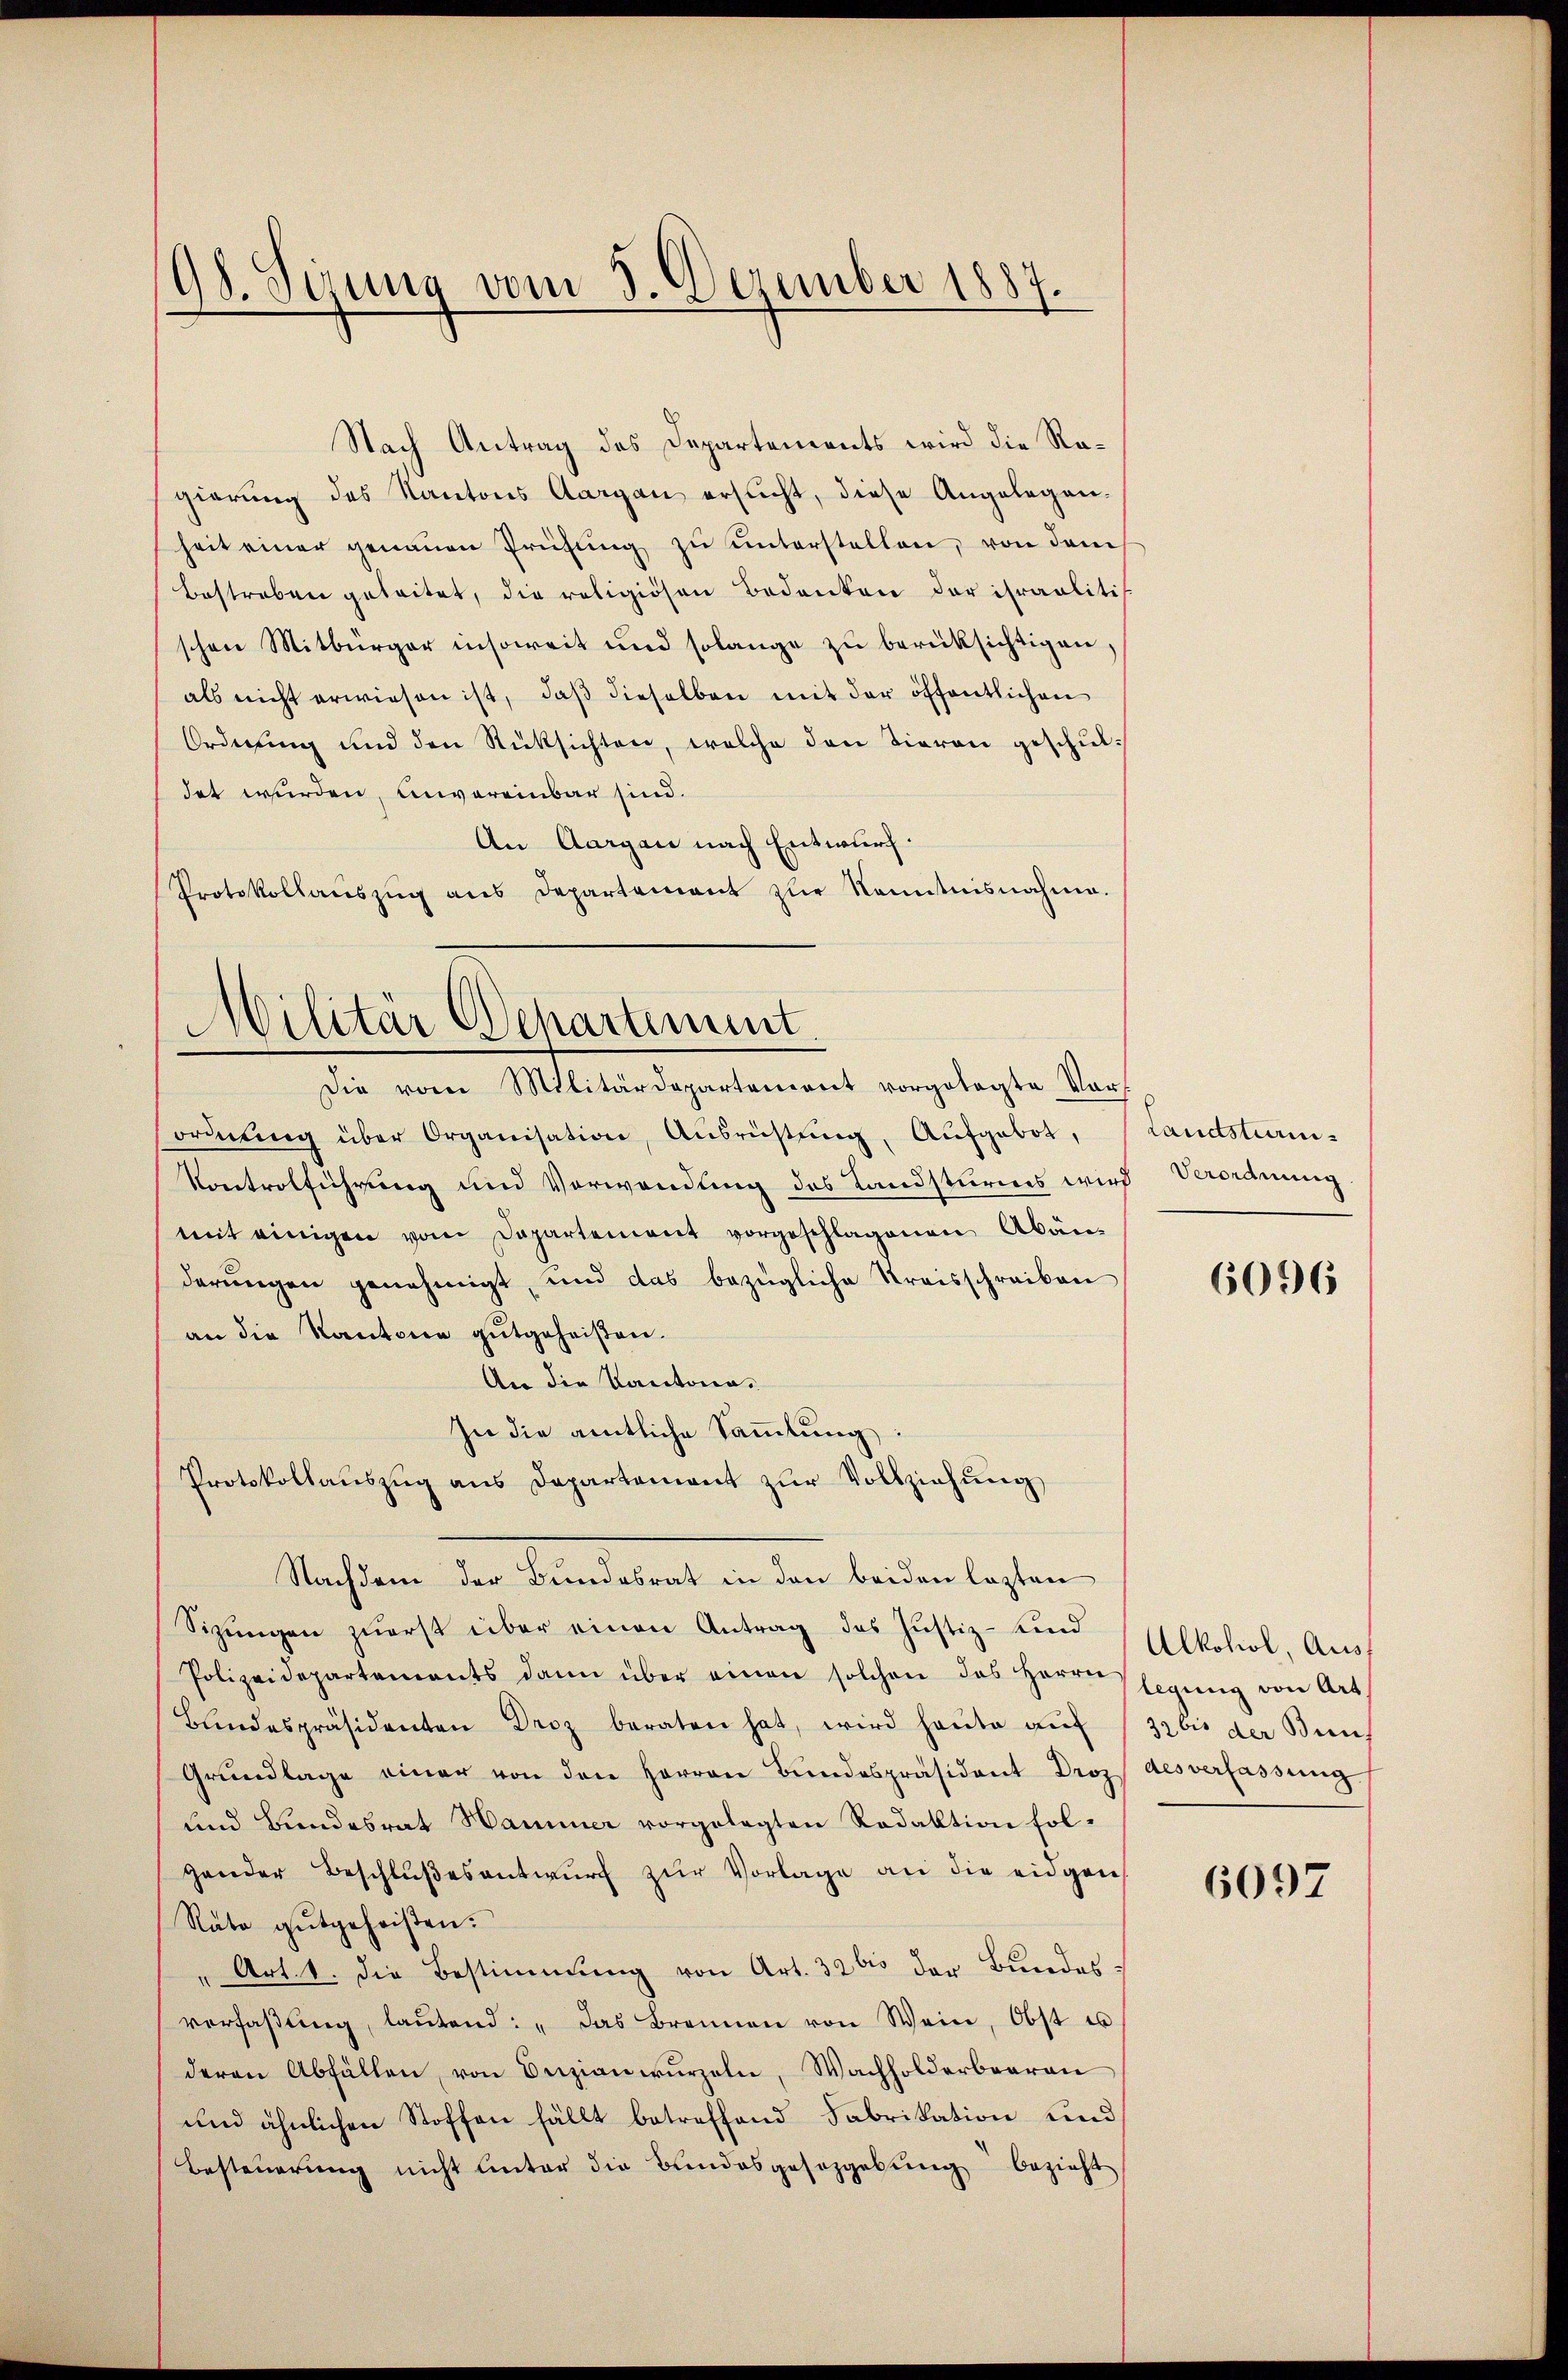
98. Sizung vom 3. Dezember 1887.

Nach Antrag des Departements wird die Ragierung des Kantons Aargau ersucht, diese Angelegenheit einer genauen Prüfŭng zŭ ŭnterstellen, von dem
Bestreben geleitet, die religiösen Bedanken der ihraalitis
schen Mitbürger insoweit und solange zu berüksichtigen,
als nicht erwiesen ist, daβ dieselben mit der öffentlichen
Ordnung und den Rüksichten, welche den Tieren geschuldet wurden, unvereinbar sind.
An Aargau nach Entwurf
Protokollaŭszŭg ans Departement zŭr Kenntnisnahme.

Militär Departement.
Die vom Militärdepartement vorgelegte Vor¬

ordnŭng über Organisation, Ausrüstung, Aufgebot,
Kontrolführung und Verwendung des Landsturmes wird Verordnung
mit einigen vom Departement vorgeschlagenen Abän-
derŭngen genehmigt, und das bezügliche Kreisschreiben
an die Kantone gutgeheißen.
An die Kantona¬
In die amtliche Sammlung:
Protokollaŭszŭg ans Departement zŭr Vollziehung
Nachdem der Bundesrat in den beiden lasten
Sizŭngen zŭerst über einen Antrag des Justiz- und Alkohol, Aus¬
Polizeidepartements dann über einen solchen das Herren Eigŭng von Art.
Bŭndespräsidenten Droz beraten hat, wird heŭte aŭf
Grŭndlage einer von den Herren Bŭndespräsident Droz. des verfassung
und Bundesrat Hammer vorgelegten Redaktion folgander Beschlŭβesantwŭrf zur Vorlage an die eingen
Räte gutgeheißen.
" Art. 1. die Bestimmung von Art. 326 der Bundesverfaβŭng, laŭtend: „das Brennen von Wein, Obst u
deren Abfällen, von Onizianwŭrzeln, Wachholderbaaren
und ähnlichen Stoffen fällt betreffend Fabrikation und
Besteuerung nicht unter die Bundesgesetzgebung bezieht

Landstram¬

6096

32 bis der Buns

6097